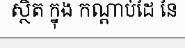
ស្ថិត ក្នុង កណ្តាប់ដៃ នៃ